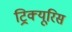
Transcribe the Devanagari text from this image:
ट्रिक्यूरिस